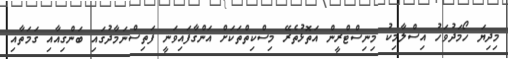
މިދިޔަ ހޯމަދުވަހު އިސްލާމިކު މިނިސްޓްރީން އަތޮޅުތެރޭ މިސްކިތްތަކަށް އަންގާފައިވަނީ ފަތިސްނަމާދުގައި ބަންގިއާއި ގަމަތާއި